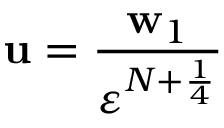
\mathbf { u } = \frac { \mathbf { w } _ { 1 } } { \ensuremath { \varepsilon } ^ { N + \frac 1 4 } }